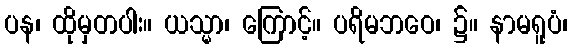
ပန၊ ထိုမှတပါး။ ယသ္မာ၊ ကြောင့်။ ပရိမဘဝေ၊ ၌။ နာမရူပံ၊